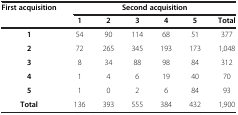
<table><thead><tr><td><b>First acquisition</b></td><td colspan="6"><b>Second acquisition</b></td></tr><tr><td><b> </b></td><td><b>1</b></td><td><b>2</b></td><td><b>3</b></td><td><b>4</b></td><td><b>5</b></td><td><b>Total</b></td></tr></thead><tbody><tr><td><b>1</b></td><td>54</td><td>90</td><td>114</td><td>68</td><td>51</td><td>377</td></tr><tr><td><b>2</b></td><td>72</td><td>265</td><td>345</td><td>193</td><td>173</td><td>1,048</td></tr><tr><td><b>3</b></td><td>8</td><td>34</td><td>88</td><td>98</td><td>84</td><td>312</td></tr><tr><td><b>4</b></td><td>1</td><td>4</td><td>6</td><td>19</td><td>40</td><td>70</td></tr><tr><td><b>5</b></td><td>1</td><td>0</td><td>2</td><td>6</td><td>84</td><td>93</td></tr><tr><td><b>Total</b></td><td>136</td><td>393</td><td>555</td><td>384</td><td>432</td><td>1,900</td></tr></tbody></table>